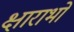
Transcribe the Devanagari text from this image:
क्षाराभों